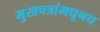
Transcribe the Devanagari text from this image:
मुखपत्रांमधूनच